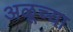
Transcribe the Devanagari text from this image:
अळूच्या